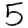
Digit: 5